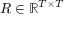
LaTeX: R \in \mathbb { R } ^ { T \times T }